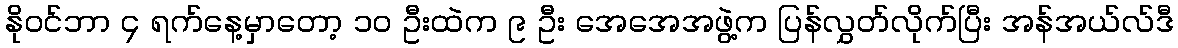
နိုဝင်ဘာ ၄ ရက်နေ့မှာတော့ ၁၀ ဦးထဲက ၉ ဦး အေအေအဖွဲ့က ပြန်လွှတ်လိုက်ပြီး အန်အယ်လ်ဒီ